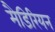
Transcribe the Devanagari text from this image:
मैडिरियन